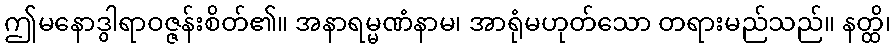
ဤမနောဒွါရာဝဇ္ဇန်းစိတ်၏။ အနာရမ္မဏံနာမ၊ အာရုံမဟုတ်သော တရားမည်သည်။ နတ္ထိ၊